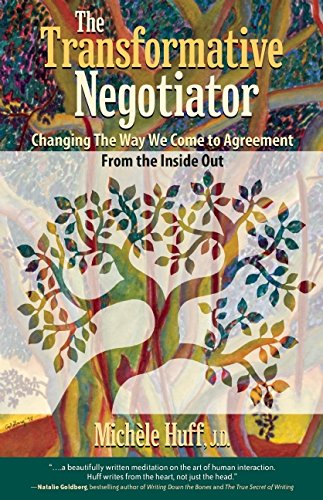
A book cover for The Transformative Negotiator: Changing the Way We Come to Agreement from the Inside Out; MichÃ¨le Huff; Law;